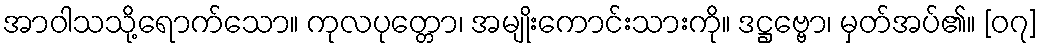
အာဝါသသို့ရောက်သော။ ကုလပုတ္တော၊ အမျိုးကောင်းသားကို။ ဒဋ္ဌဗ္ဗော၊ မှတ်အပ်၏။ [၀၇]